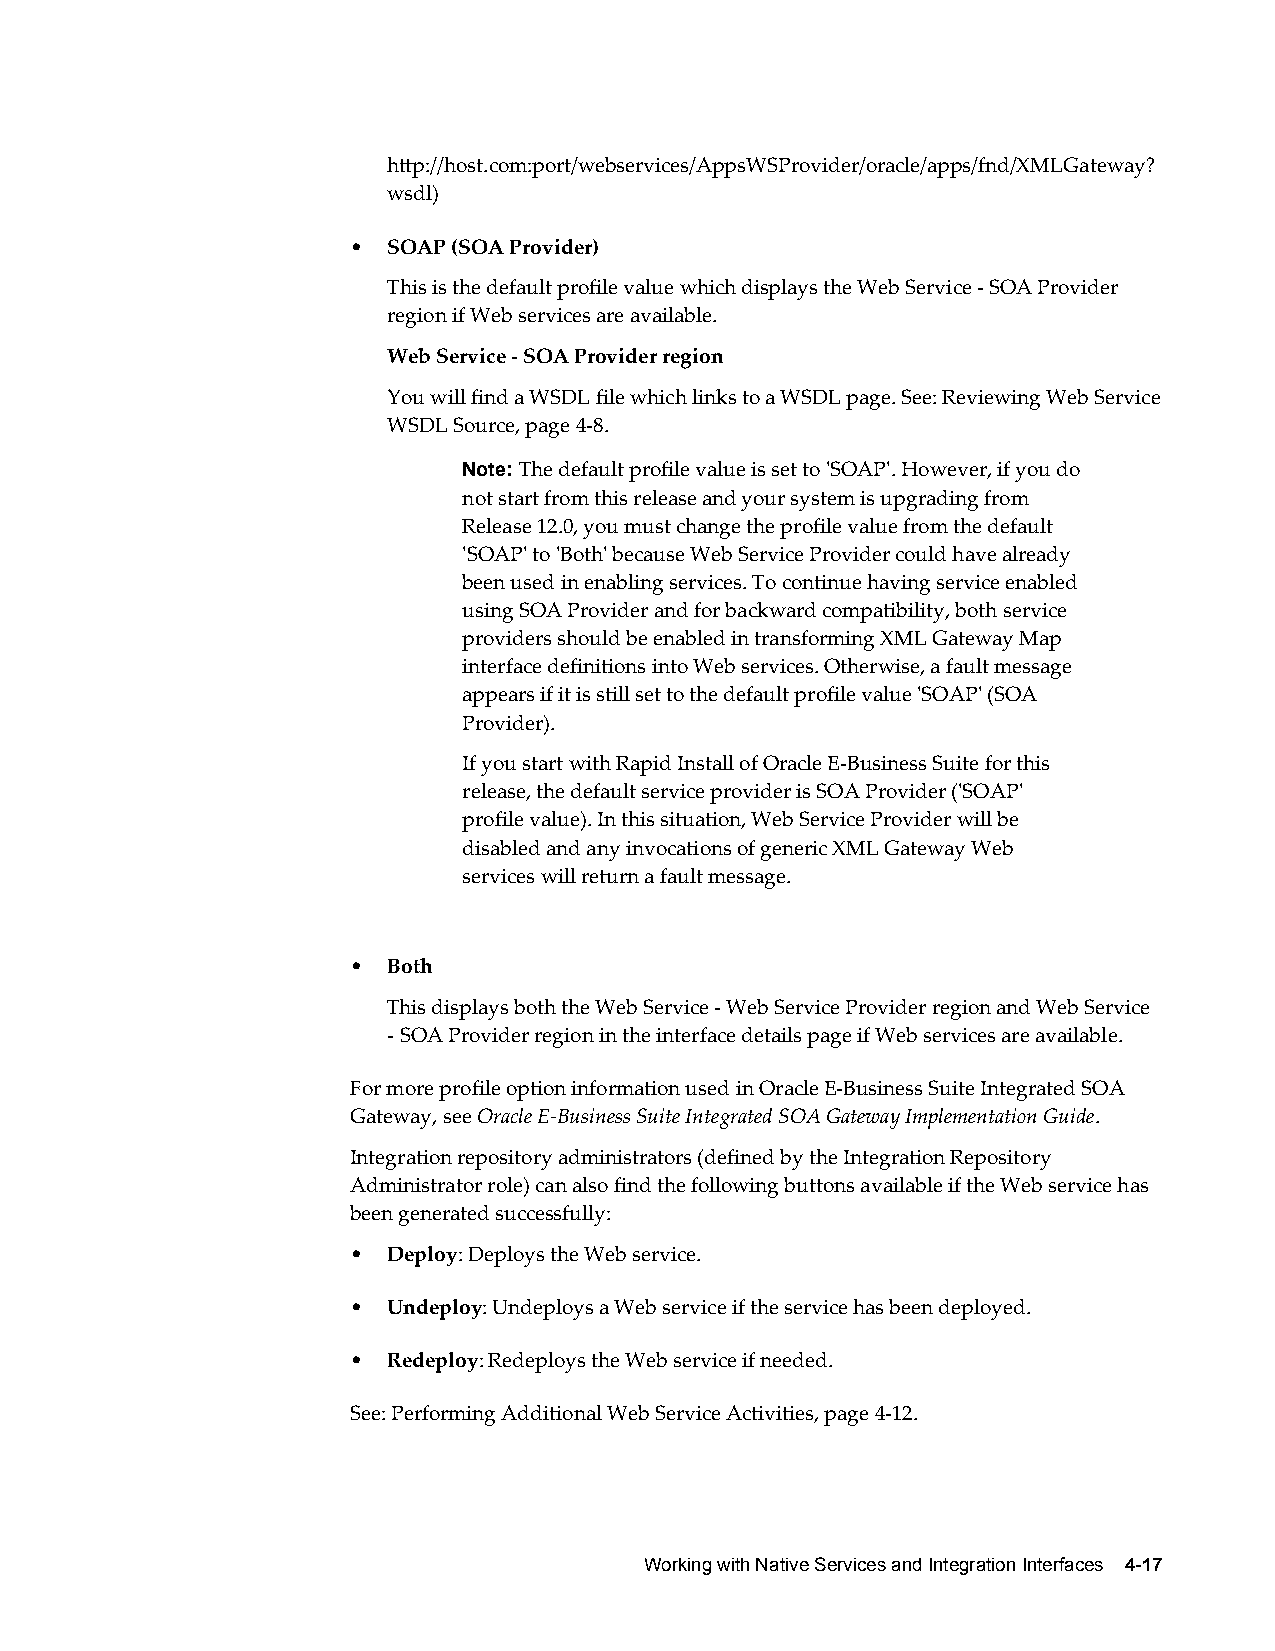
http://host.com:port/webservices/AppsWSProvider/oracle/apps/fnd/XMLGateway?
 wsdl)
 •  SOAP (SOA Provider)
 This is the default profile value which displays the Web Service - SOA Provider
 region if Web services are available.
 Web Service - SOA Provider region
 You will find a WSDL file which links to a WSDL page. See: Reviewing Web Service
 WSDL Source, page 4-8.
 Note: The default profile value is set to 'SOAP'. However, if you do
 not start from this release and your system is upgrading from
 Release 12.0, you must change the profile value from the default
 'SOAP' to 'Both' because Web Service Provider could have already
 been used in enabling services. To continue having service enabled
 using SOA Provider and for backward compatibility, both service
 providers should be enabled in transforming XML Gateway Map
 interface definitions into Web services. Otherwise, a fault message
 appears if it is still set to the default profile value 'SOAP' (SOA
 Provider).
 If you start with Rapid Install of Oracle E-Business Suite for this
 release, the default service provider is SOA Provider ('SOAP'
 profile value). In this situation, Web Service Provider will be
 disabled and any invocations of generic XML Gateway Web
 services will return a fault message.
 •  Both
 This displays both the Web Service - Web Service Provider region and Web Service
 - SOA Provider region in the interface details page if Web services are available.
 For more profile option information used in Oracle E-Business Suite Integrated SOA
 Gateway, see Oracle E-Business Suite Integrated SOA Gateway Implementation Guide.
 Integration repository administrators (defined by the Integration Repository
 Administrator role) can also find the following buttons available if the Web service has
 been generated successfully:
 •  Deploy: Deploys the Web service.
 •  Undeploy: Undeploys a Web service if the service has been deployed.
 •  Redeploy: Redeploys the Web service if needed.
 See: Performing Additional Web Service Activities, page 4-12.
 Working with Native Services and Integration Interfaces 4-17